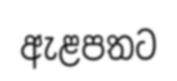
ඇළපතට